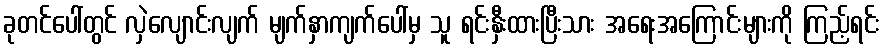
ခုတင်ပေါ်တွင် လှဲလျောင်းလျက် မျက်နှာကျက်ပေါ်မှ သူ ရင်းနှီးထားပြီးသား အရေးအကြောင်းများကို ကြည့်ရင်း